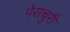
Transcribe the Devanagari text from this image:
पेसचुरी